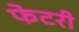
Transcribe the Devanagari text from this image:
फेटरी